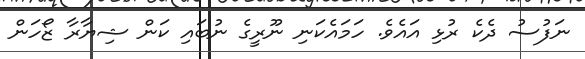
ނަފުސު ދެކެ ރުޅި އައެވެ. ހަމައެކަނި ނޫރީގެ ނުބައި ކަން ޝިޔާރާ ޒޯހަން